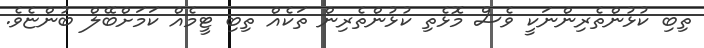
ތިބި ކުޅުންތެރިންނަކީ ވެސް މޮޅެތި ކުޅުންތެރިން ތަކެއް ތިބި ޓީމެއް ކަމަށްބޭލް ބުންޏެވެ.